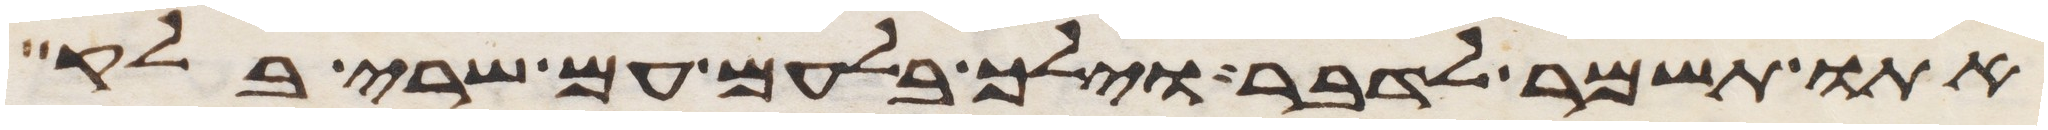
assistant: אתו תשמר לדבר וילך בלעם עם שרי בלק